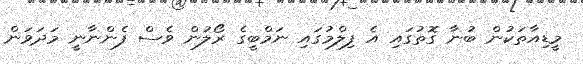
މީޑިއާތަކުން ބުނާ ގޮތުގައި އެ ފިލްމުގައި ނަމްބީގެ ރޯލުން ވެސް ފެންނާނީ މަދަވަން